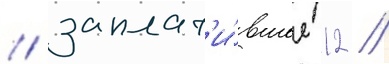
/ заплат'и́вшее 12 /